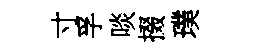
寸孚啖掇璞